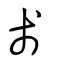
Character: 戔